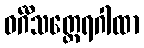
ဝင်္ဂီသတ္ထေရဂါထာ